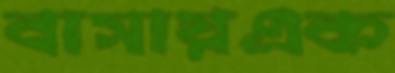
বাসায়এক